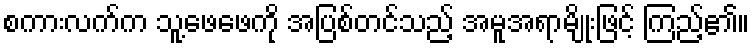
စကားလက်က သူ့ဖေဖေကို အပြစ်တင်သည့် အမူအရာမျိုးဖြင့် ကြည့်၏။